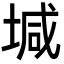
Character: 堿